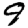
Digit: 9